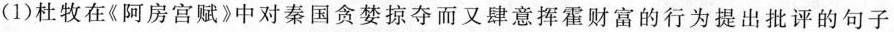
(1)杜牧在《阿房宫赋》中对秦国贪婪掠夺而又肆意挥霍财富的行为提出批评的句子